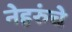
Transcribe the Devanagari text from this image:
नेहरुंचे